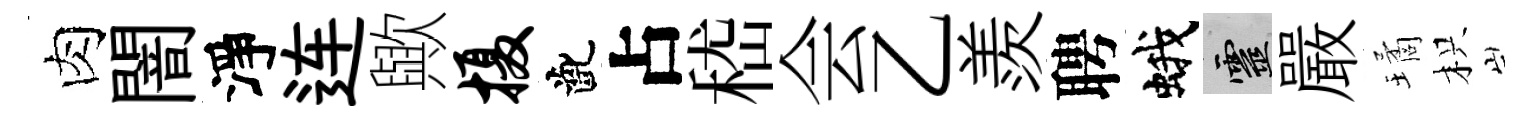
肉闇淨连歟摄齔占嵇会乙羨聘蛾靈嚴璚枳